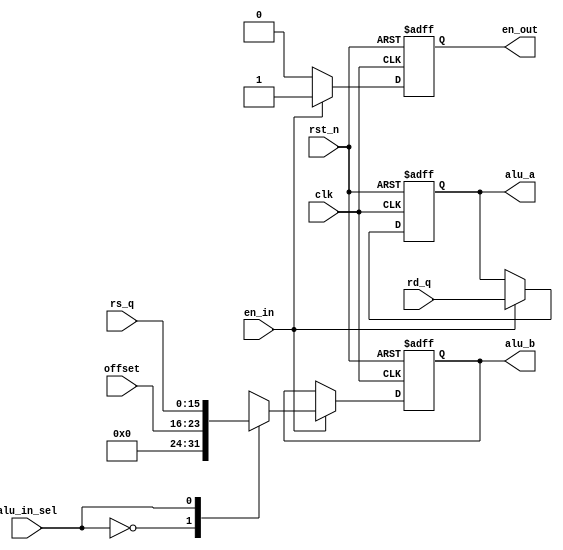
/* verilator lint_off UNUSED */
`timescale 1 ns / 1 ns
module alu_mux #(
	parameter DWIDTH = 16
)(
	input clk, rst_n, en_in,
	input alu_in_sel,
	input  [DWIDTH - 1 : 0] rd_q, rs_q,
	input  [7 : 0] offset,
	output reg [DWIDTH - 1 : 0] alu_a, alu_b,
	output reg en_out
);

	always @(negedge rst_n or posedge clk) begin
		if (rst_n == 1'b0) begin
			alu_a <= 16'd0;
			alu_b <= 16'd0;
			en_out  <= 1'b0;
		end		
		else if(en_in == 1'b1) begin
			en_out <= 1'b1;
			alu_a <= rd_q;
			case (alu_in_sel)
				0: alu_b <= offset;
				1: alu_b <= rs_q;
				default: alu_b <= rs_q;
			endcase					
		end
		else begin
			en_out  <= 1'b0;
		end
    end

endmodule